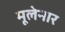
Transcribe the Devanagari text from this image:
मूलेनार